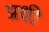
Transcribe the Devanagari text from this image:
प्रधी